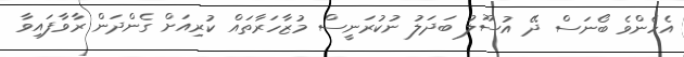
އެހެންވެ ބޯނަސް ދޭ އުސޫލު ބަދަލު ނުކުރަނީސް މުޒާހަރާތައް ކުރިއަށް ގެންދަން ރާވާފައިވާ